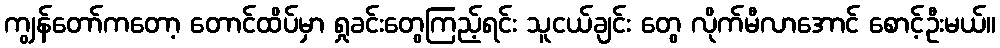
ကျွန်တော်ကတော့ တောင်ထိပ်မှာ ရှုခင်းတွေကြည့်ရင်း သူငယ်ချင်း တွေ လိုက်မီလာအောင် စောင့်ဦးမယ်။